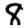
Digit: 8